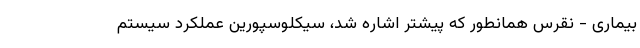
بیماری - نقرس همانطور که پیشتر اشاره شد، سیکلوسپورین عملکرد سیستم